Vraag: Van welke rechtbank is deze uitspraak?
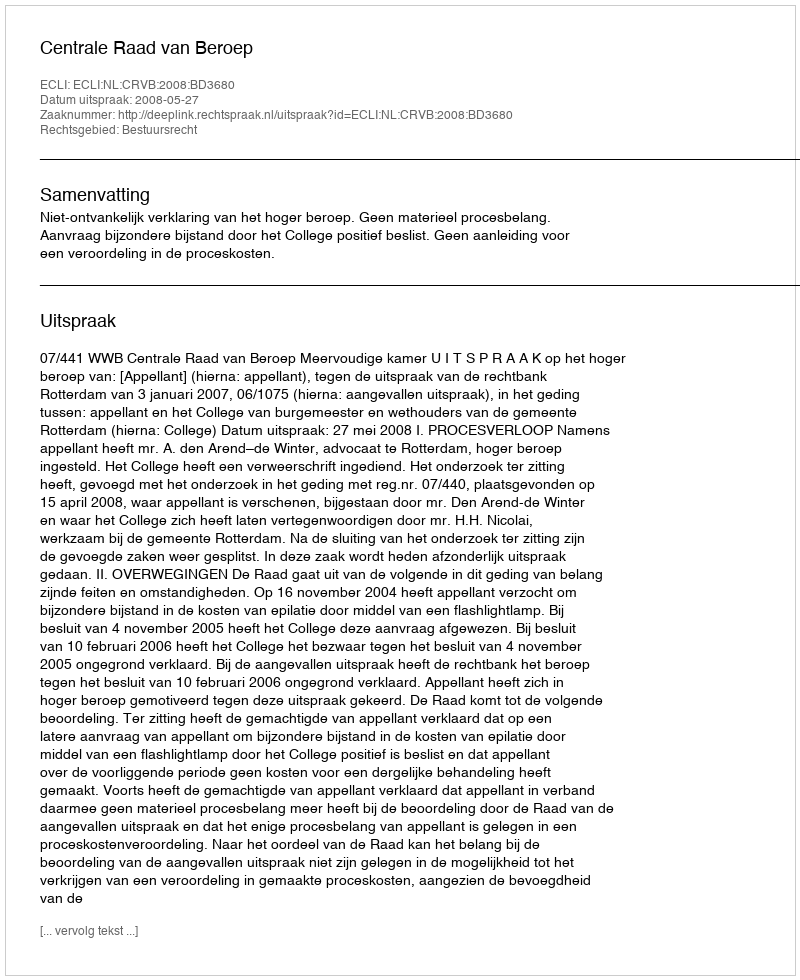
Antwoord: Centrale Raad van Beroep